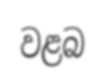
වළබ